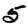
Digit: 5